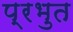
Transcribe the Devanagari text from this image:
प्रभुत